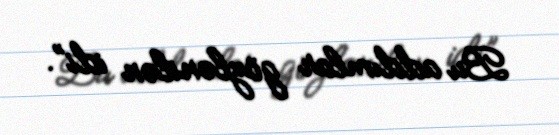
Bu addımlar gözlənilən idi”.